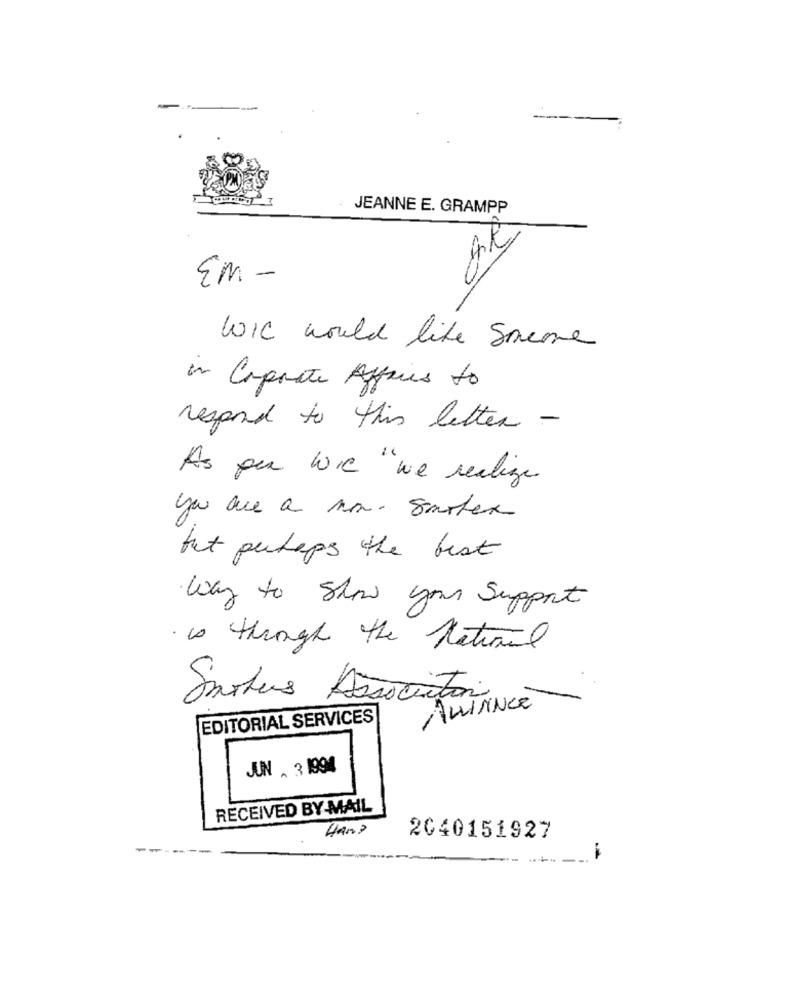
JEANNE E. GRAMPP
EM-
WIC would like Someone
in Corporate Affairs to
respond to this letter -
As pu wie"we realize
you are a non- Sartex
but putops the best
Way to show your Support
is through the national
ALLIANCE
EDITORIAL SERVICES
JUN . 3 1994
RECEIVED BY -MAIL
Hans
2040151927